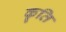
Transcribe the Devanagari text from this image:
कॄति